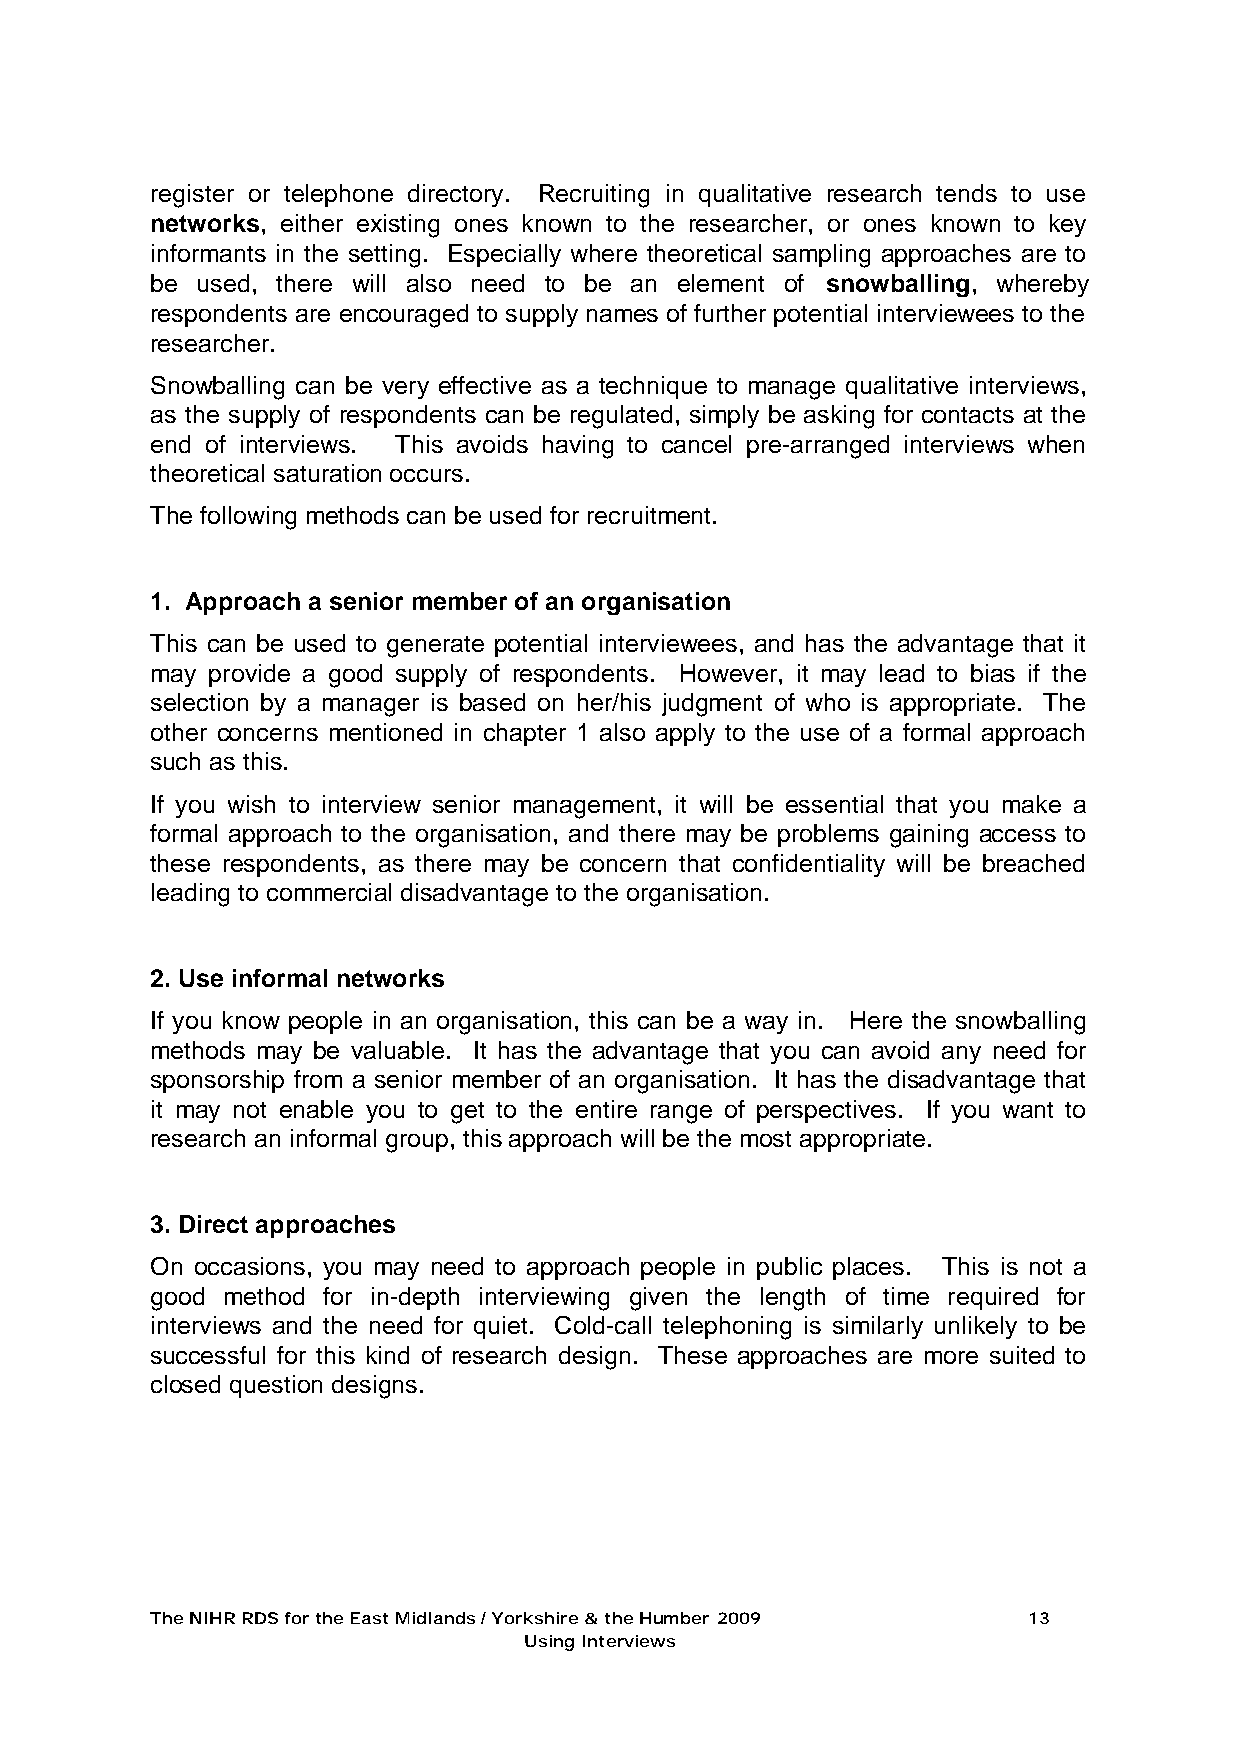
register or telephone directory. Recruiting in qualitative research tends to use
 networks, either existing ones known to the researcher, or ones known to key
 informants in the setting. Especially where theoretical sampling approaches are to
 be used, there will also need to be an element of snowballing, whereby
 respondents are encouraged to supply names of further potential interviewees to the
 researcher.
 Snowballing can be very effective as a technique to manage qualitative interviews,
 as the supply of respondents can be regulated, simply be asking for contacts at the
 end of interviews. This avoids having to cancel pre-arranged interviews when
 theoretical saturation occurs.
 The following methods can be used for recruitment.
 1. Approach a senior member of an organisation
 This can be used to generate potential interviewees, and has the advantage that it
 may provide a good supply of respondents. However, it may lead to bias if the
 selection by a manager is based on her/his judgment of who is appropriate. The
 other concerns mentioned in chapter 1 also apply to the use of a formal approach
 such as this.
 If you wish to interview senior management, it will be essential that you make a
 formal approach to the organisation, and there may be problems gaining access to
 these respondents, as there may be concern that confidentiality will be breached
 leading to commercial disadvantage to the organisation.
 2. Use informal networks
 If you know people in an organisation, this can be a way in. Here the snowballing
 methods may be valuable. It has the advantage that you can avoid any need for
 sponsorship from a senior member of an organisation. It has the disadvantage that
 it may not enable you to get to the entire range of perspectives. If you want to
 research an informal group, this approach will be the most appropriate.
 3. Direct approaches
 On occasions, you may need to approach people in public places. This is not a
 good method for in-depth interviewing given the length of time required for
 interviews and the need for quiet. Cold-call telephoning is similarly unlikely to be
 successful for this kind of research design. These approaches are more suited to
 closed question designs.
 The NIHR RDS for the East Midlands / Yorkshire & the Humber 2009 13
 Using Interviews